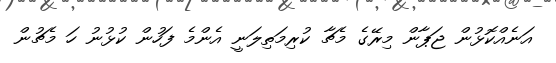
އަނެއްކޮޅުން ޖަޕާން މިރޭގެ މެޗާ ކުރިމަތިލަނީ އެންމެ ފަހުން ކުޅުނު ހަ މެޗުން